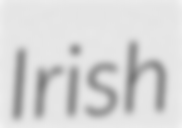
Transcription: Irish